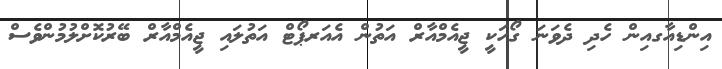
އިންޑިއާގއިން ހެދި ދެވަނަ ގޯހަކީ ޖީއެމްއާރް އަތުން އެއަރޕޯޓް އަތުލައި ޖީއެމްއާރް ބޭރުކޮށްލުމުންވެސް